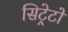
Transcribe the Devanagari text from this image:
सिट्रेटों